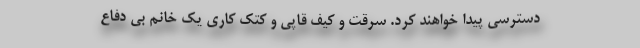
دسترسی پیدا خواهند کرد. سرقت و کیف قاپی و کتک کاری یک خانم بی دفاع